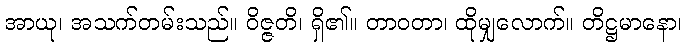
အာယု၊ အသက်တမ်းသည်။ ဝိဇ္ဇတိ၊ ရှိ၏။ တာဝတာ၊ ထိုမျှလောက်။ တိဋ္ဌမာနော၊